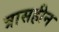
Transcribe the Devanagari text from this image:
त्रासहीन